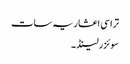
تراسی اعشاریہ سات
سوئزرلینڈ ۔